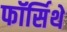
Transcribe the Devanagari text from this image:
फॉर्सिथे